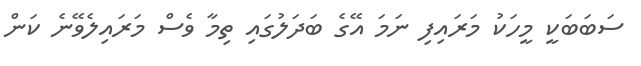
ސަބަބަކީ މީހަކު މަރައިފި ނަމަ އޭގެ ބަދަލުގައި ތިމާ ވެސް މަރައިލެވޭނެ ކަން